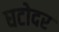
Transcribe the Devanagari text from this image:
घटोदर